Indian journal of veterinary science and animal husbandry - Volume 12,
Year: 1942
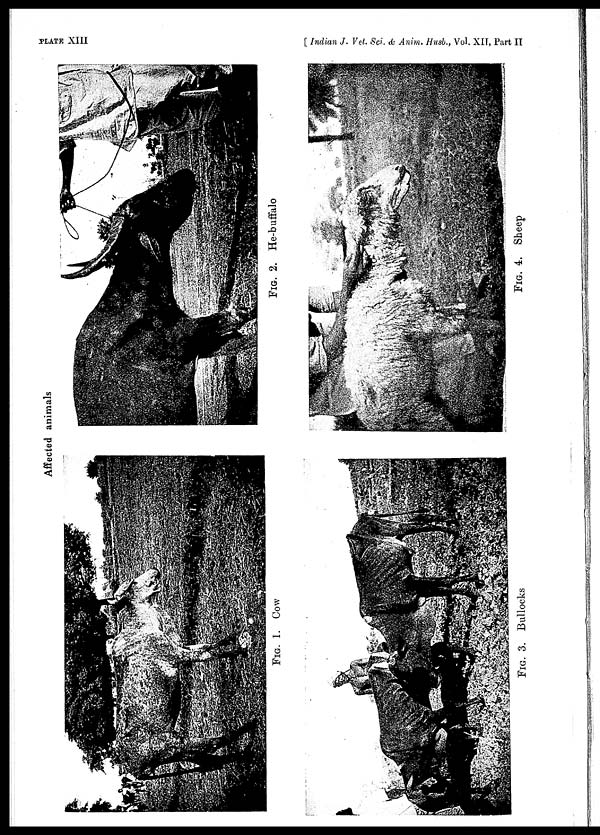
PLATE
XIII
[ Indian J. Vet. Sci. & Anim. Husb., Vol. XII, Part II
Affected animals
FIG.
1. Cow
FIG. 3. Bullocks
FIG. 4. Sheep